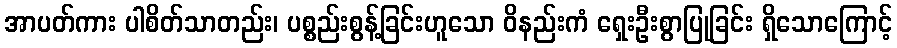
အာပတ်ကား ပါစိတ်သာတည်း၊ ပစ္စည်းစွန့်ခြင်းဟူသော ဝိနည်းကံ ရှေးဦးစွာပြုခြင်း ရှိသောကြောင့်